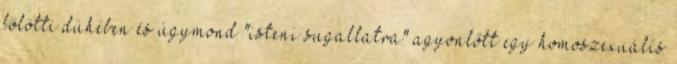
fölötti dühében és úgymond "isteni sugallatra" agyonlőtt egy homoszexuális